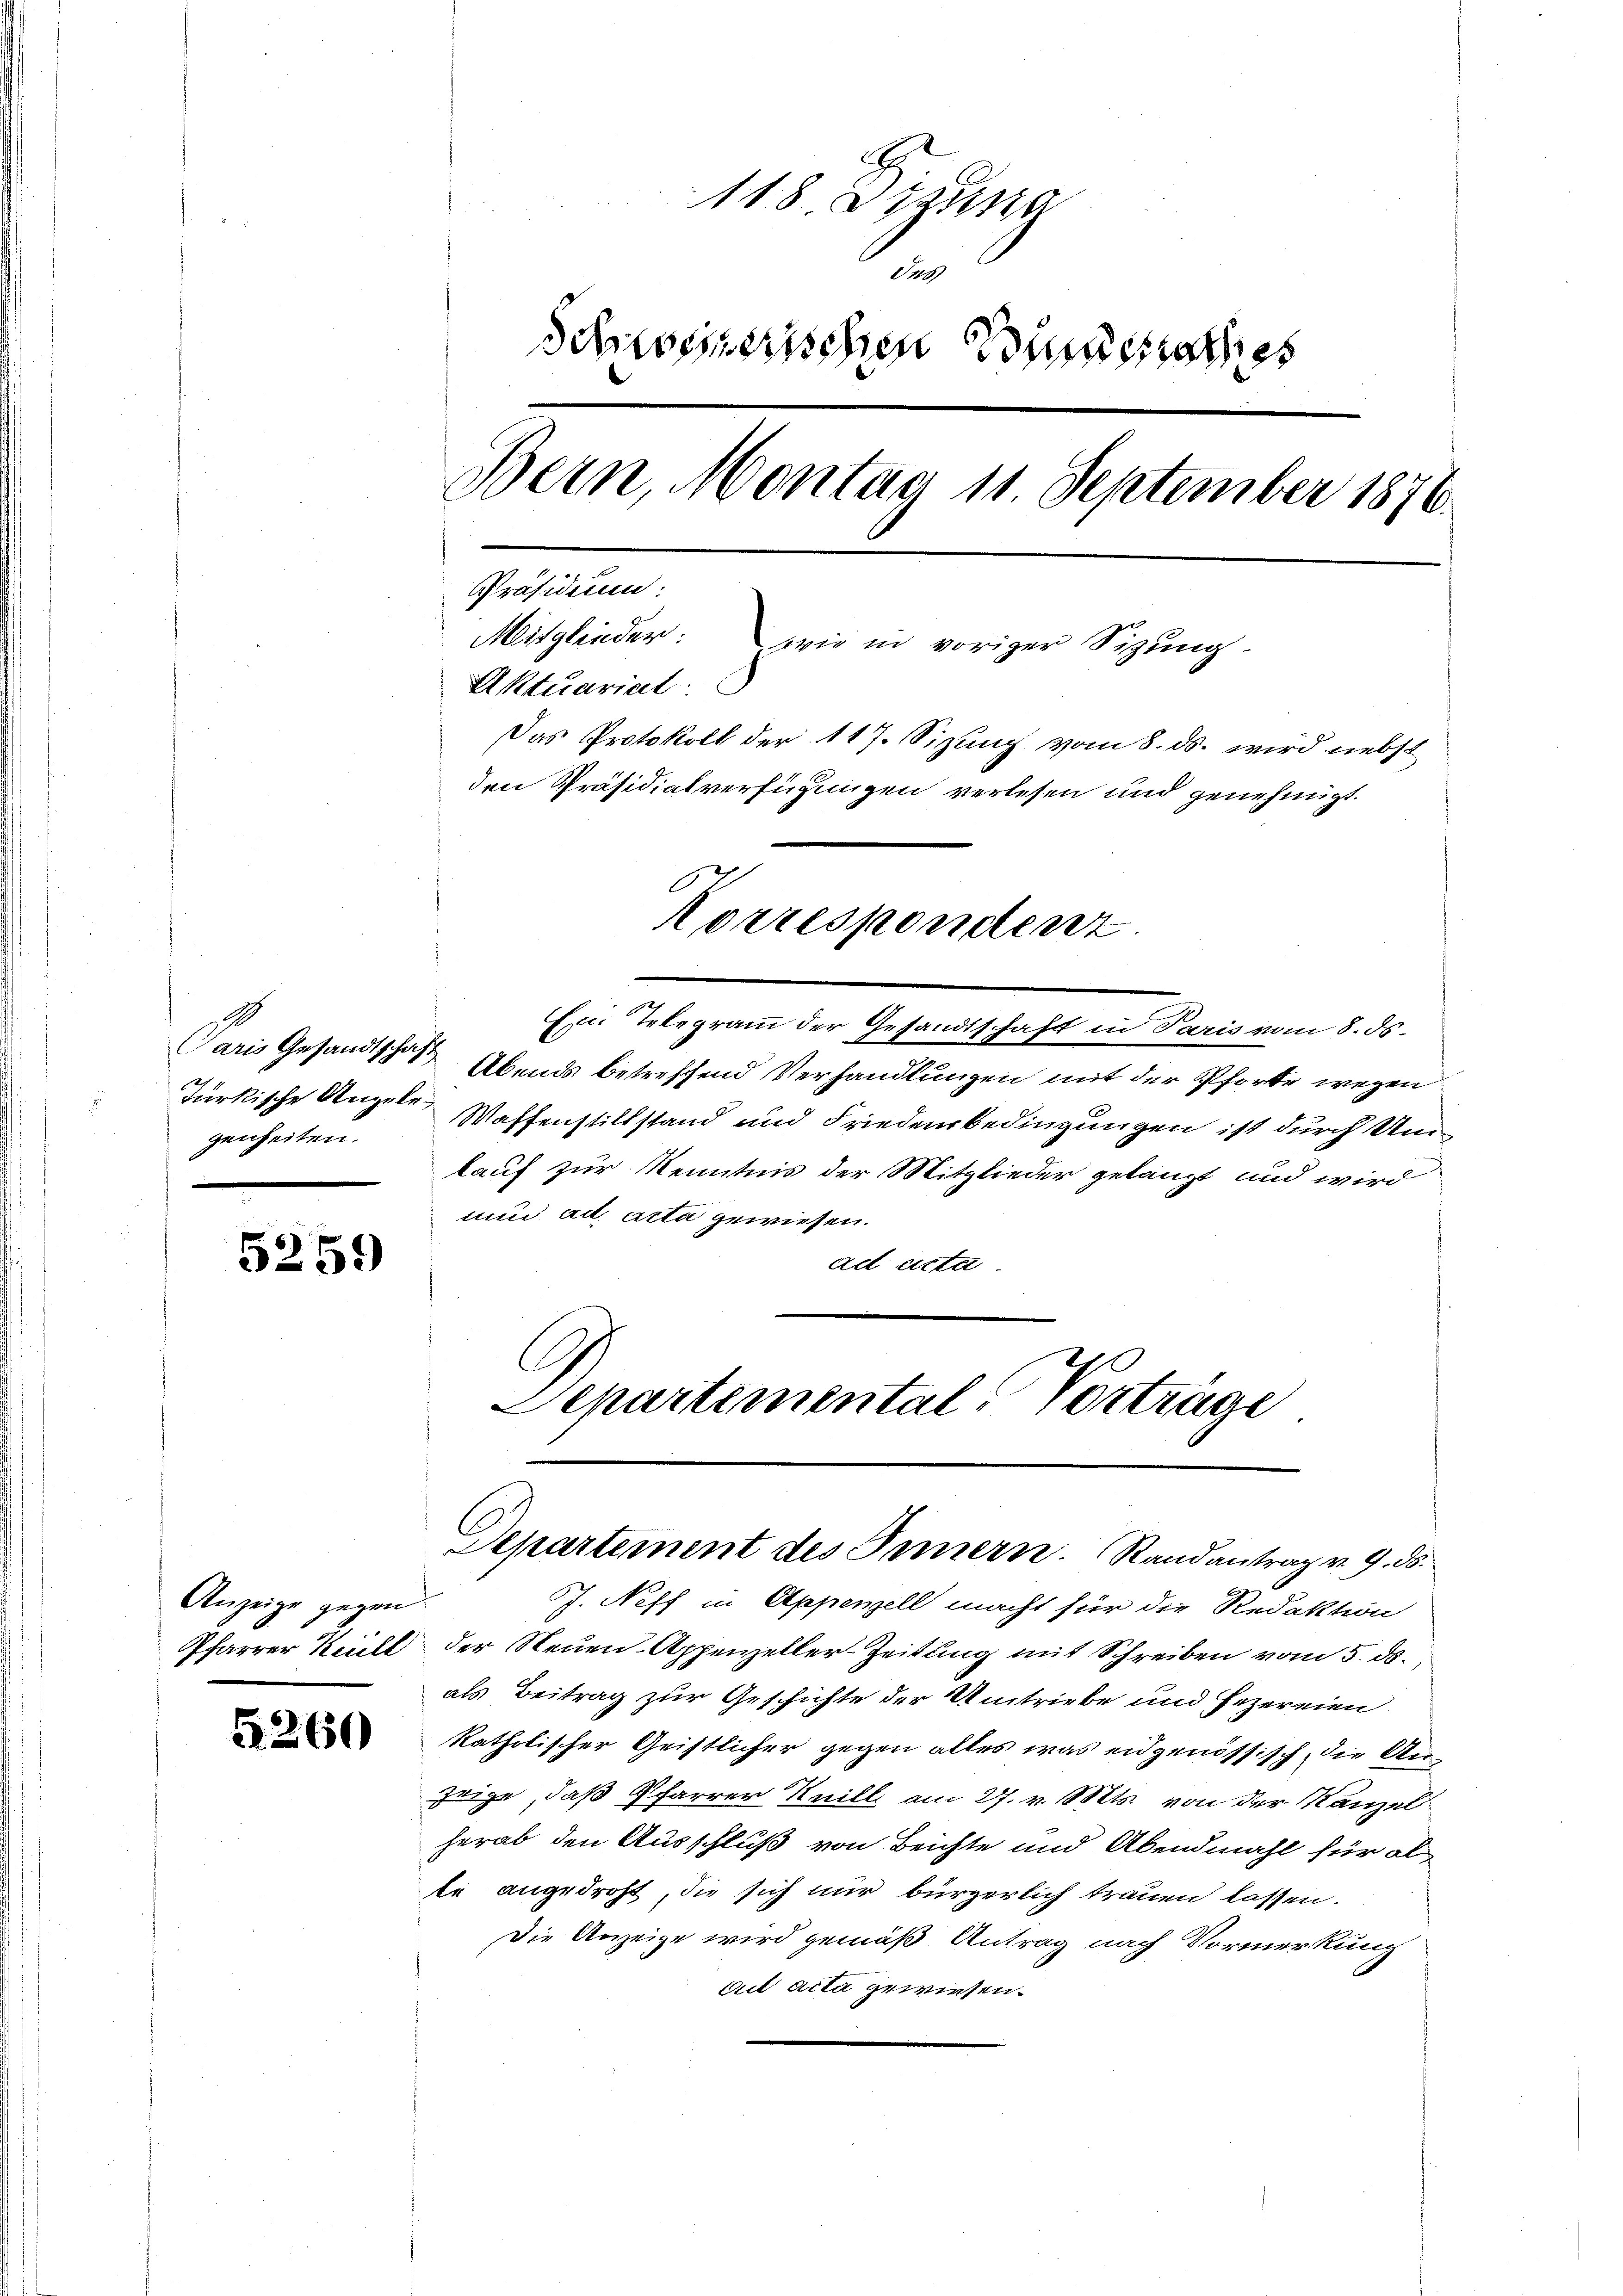
Paris Gesandtschäft
türkische Angelegenheiten.

5259

Anzeige gegen
Pfarrer Kell

G. 260

118 dirung
I.5)
Schweizerischen Bundesrathes
Bern, Montag 11. September 1876.
Präsidium:
Mitglieder: wie in voriger Sizung
Aktuarial
Das Protokoll der 117. Sizung vom 8. ds. wird nebst
den Präsidialverfügungen verlesen und genehmigt.
Korrespondenz
m Telegram der Gesandtschaft in Paris vom 8. ds.

Abends betreffend Verhandlungen mit der Pforte wegen
Waffenstillstand und Friedensbedingungen ist durch Umlauf zur Kenntnis der Mitglieder gelangt und wird
unnd ad acta gewiesen.
ad acta
l
d
epartemental, Vortrage

Departement des Innern. Randantrag v. 9. ds.

J. Neff in Appenzell macht für die Redaktion
der Neuen- Appenzeller-Zeitung mit Schreiben vom 5. ds.
als Beitrag zur Geschichte der Umtriebe und Fezereien
katholischer Geistlicher gegen alles was eidgenössisch, die Anzeige, daß Pfarrer Knill am 27. v. Mts. von der Kanzel
herab den Ausschluß von Beichte und Abendmahl für al
te angedroht, die sich nur bürgerlich trauen lassen.
Die Anzeige wird gemäß Antrag nach Vormerkung
but acta gewiesen.